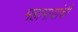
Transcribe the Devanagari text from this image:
महामायांची